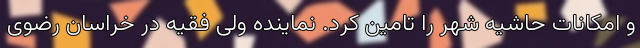
و امکانات حاشیه شهر را تامین کرد. نماینده ولی فقیه در خراسان رضوی